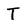
Character: T